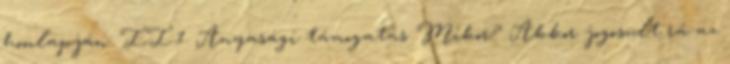
honlapján: II.1. Anyasági támogatás Mikor? Akkor jogosult rá az